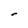
Character: r